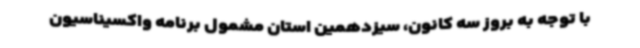
با توجه به بروز سه کانون، سیزدهمین استان مشمول برنامه واکسیناسیون